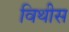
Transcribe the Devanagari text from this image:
विथीस